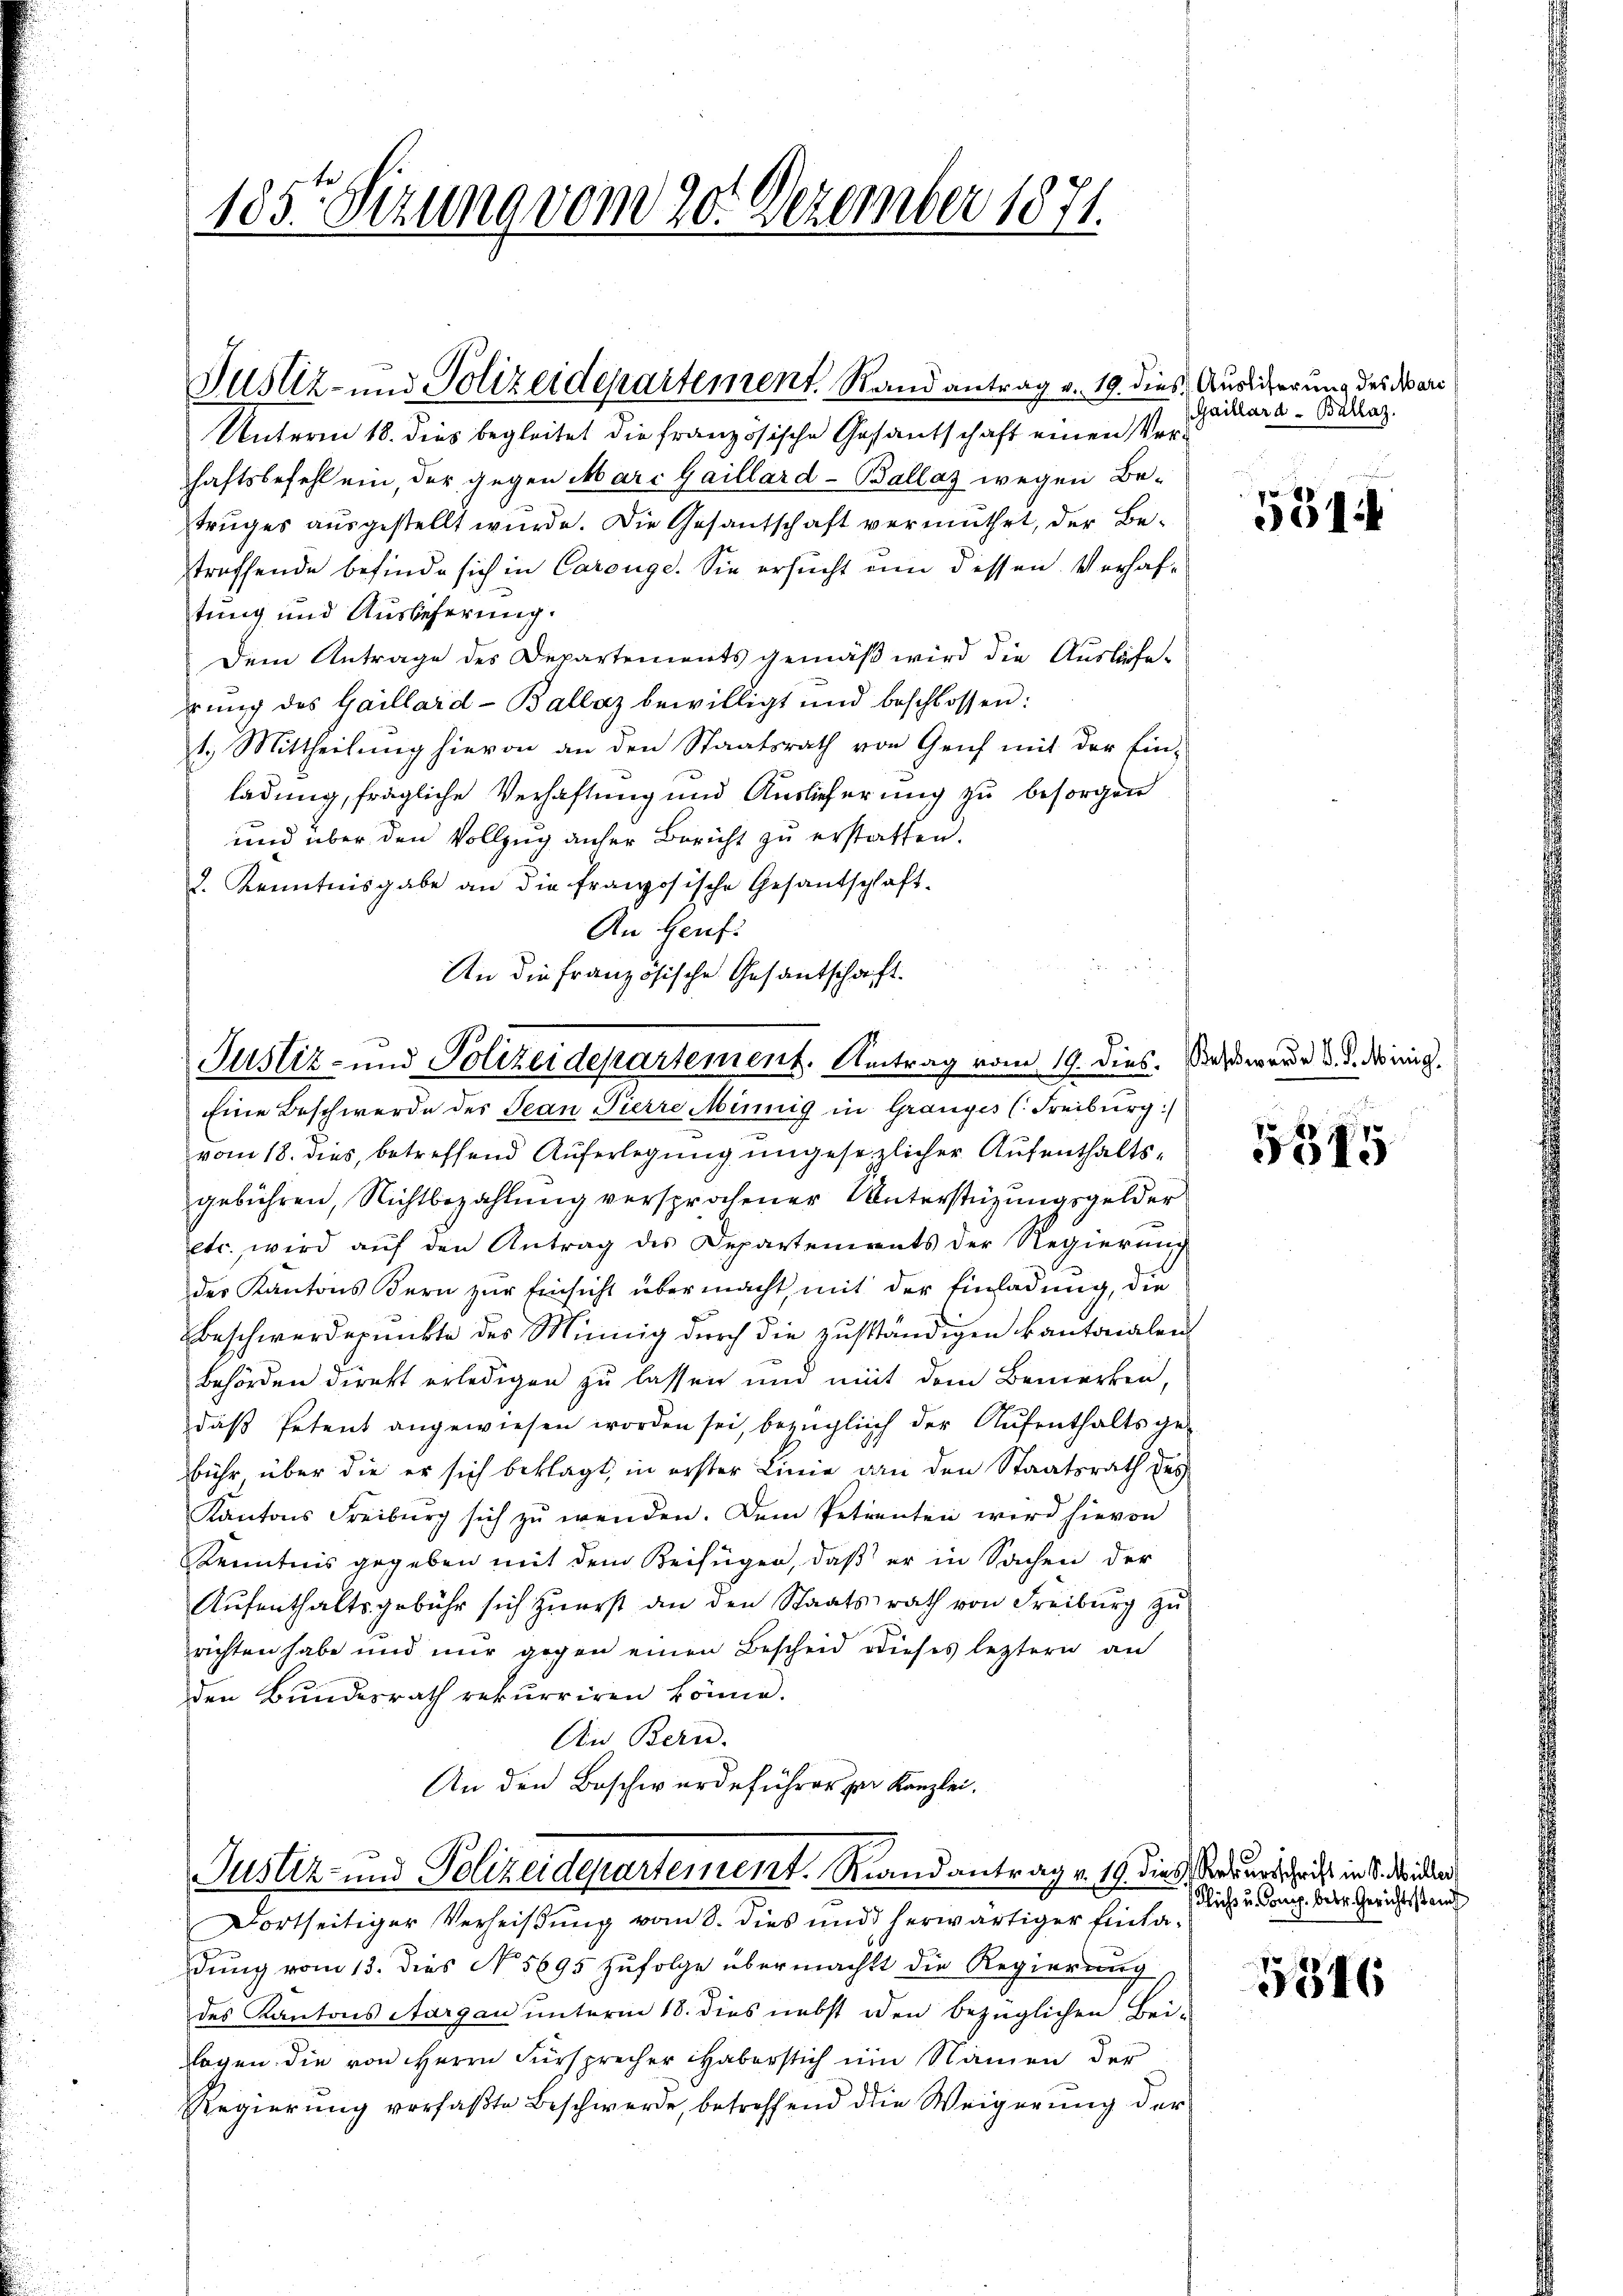
Unterm 18. dies begleitet die französische Gefantschaft einen Verhaftsbefehl ein, der gegen Marc Gaillard-Ballaz wegen Betruges ausgestellt wurde. Die Gesantschaft vermuthet, der Be-
treffende befinde sich in Carouge. Sie ersucht um dessen Verhaftung und Auslieferung.
Dem Antrage des Departements gemäß wird die Auslieferŭng des Gaillard-Ballaz bewilligt und beschlossen:
1.) Mittheilung hievon an den Staatsrath von Genf mit der Ein-
ladung, fragliche Verhaftung und Auslieferung zu besorgen
und über den Vollzug anher Bericht zu erstatten.
d. Kenntnisgabe an die französische Gesandschaft-
An Genf.
An die französische Gesandtschaft.

185te Sitzung vom 20. Dezember 1871.

Justiz- und Polizeidepartement. Rand antrag v. 19. dies Auslicherung des War¬

Justiz- und Polizeidepartement. Antrag vom 19. dies. Das ware d. d. Minig

Eine Beschwerde des Jean Pierre Minnig in Gränz(...)(Freiburg:
vom 18. dies, betreffend Auferlegung ungesezlicher Aufenthaltsgebühren, Nichtbezahlung versprochener Unterstüzungsgelder
etc. wird aŭf den Antrag des Departements der Regierŭng
des Kantons Kern zur Einsicht übermacht, mit der Einladung, die
Beschwerdepunkte des Minnig durch die zuständigen kantonalen
Behörden direkt erledigen zu lassen und mit dem Bemerken,
daβ Petent angewiesen worden sei, bezüglich der Aufenthalts ge-
bühr über die er sich beklagt, in erster Linie an den Staatsrath des
Kantons Freiburg sich zu wenden. Dem Petrenten wird hievon
Kenntnis gegeben mit dem Beifügen, daß er in Sachen der
Aufenthaltsgebühr sich zuerst an den Staatsrath von Freiburg zu
richten habe und nur gegen einen Bescheid dieses leztern an
den Bundesrath rekurriren könne.
An Bern.
An den Beschwerdeführer zur Kanzlei.

Justiz- und Polizeidepartement. Rand antrag v. 19. dies Geburschrist in S. Willer
Dortseitiger Verheißung vom 8. dies und herwärtiger Einla¬

Gaillard - Ballaz.

dung vom 13. dies N. 5695 zufolge übermacht die Regierung
des Kantons Aargau unterm 18. dies nebst den bezüglichen Bei-
lagen die von Herrn Fürsprecher Haberstich um Namen der
Regierung verfaßte Beschwerde, betreffend die Weigerung der

531

5345

lich u. Comp. betr. Gerichtsstand

5346